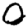
Digit: 0